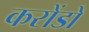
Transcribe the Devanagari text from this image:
करोंडो